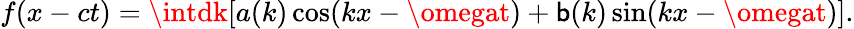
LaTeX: f(x-ct)=\intdk[a(k)\cos(kx-\omegat)+\mathsf{b}(k)\sin(kx-\omegat)].